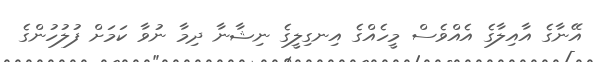
އޭނާގެ އާއިލާގެ އެއްވެސް މީހެއްގެ އިނގިލީގެ ނިޝާނާ ދިމާ ނުވާ ކަމަށް ފުލުހުންގެ